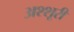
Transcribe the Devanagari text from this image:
अश्शूरी